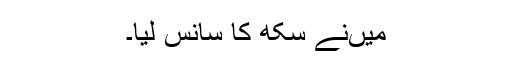
میںنے سکھ کا سانس لیا۔